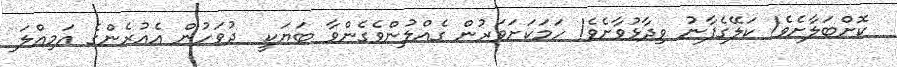
ކޮށްބަލާށެވެ! ކަލޭގެފާނު ވިދާޅުވާށެވެ! ހަމަކަށަވަރުން ގެއްލުންވެގެންވާ ބަޔަކީ  ދުވަހުން އެއުރެންގެ އަމިއްލަ